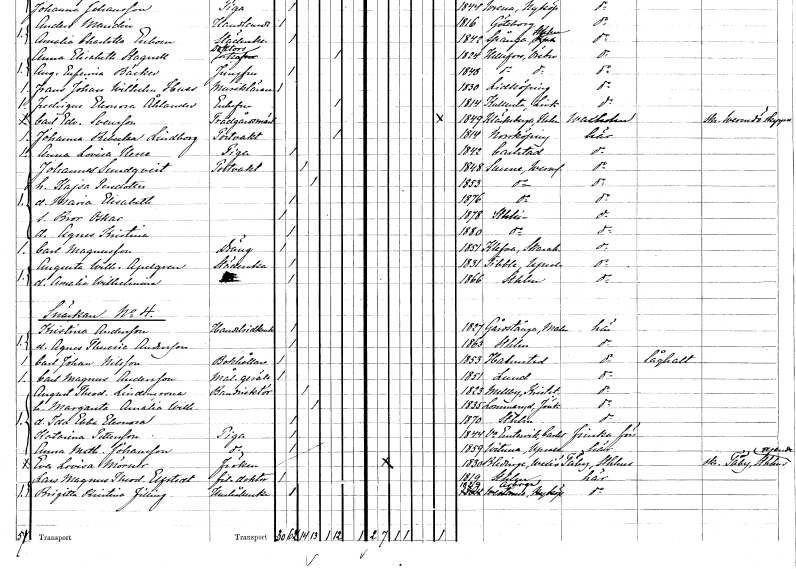
gt_parse: households: individuals: FN: Johannes
EN: Sundqvist
YRKE: Portvakt
KON: M
CIV: G
FODAR: 1848
FODFORS: Sunne Värmlands län
FN: Kajsa
EN: Persdotter
KON: K
CIV: G
FODAR: 1853
FODFORS: Sunne Värmlands län
FN: Maria Elisabeth
KON: K
CIV: O
FODAR: 1876
FODFORS: Sunne Värmlands län
FN: Bror Oskar
KON: M
CIV: O
FODAR: 1878
FODFORS: Stockholm
FN: Agnes Kristina
KON: K
CIV: O
FODAR: 1880
FODFORS: Stockholm
FN: Carl
EN: Magnusson
YRKE: Dräng
KON: M
CIV: O
FODAR: 1851
FODFORS: Kleva Skaraborgs län
FN: Augusta Wilhelmina
EN: Apelgren
YRKE: Städerska
KON: K
CIV: O
FODAR: 1831
FODFORS: Tibble Uppsala län
FN: Amalia Wilhelmina
KON: K
CIV: O
FODAR: 1866
FODFORS: Stockholm
FN: Kristina
EN: Andersson
YRKE: Handelsidkerska
KON: K
CIV: O
FODAR: 1827
FODFORS: Gårdstånga Malmöhus län
FN: Agnes Theresia
EN: Andersson
KON: K
CIV: O
FODAR: 1863
FODFORS: Stockholm
FN: Carl Johan
EN: Nilsson
YRKE: Bokhållare
KON: M
CIV: O
FODAR: 1853
FODFORS: Halmstad Hallands län
FN: Carl Magnus
EN: Andersson
YRKE: Målaregesäll
KON: M
CIV: O
FODAR: 1851
FODFORS: Lund Malmöhus län
FN: August Theodor
EN: Lindencrona
YRKE: Bandirektör
KON: M
CIV: G
FODAR: 1823
FODFORS: Mellby Kristianstads län
FN: Margareta Amalia Wilhelmina
KON: K
CIV: G
FODAR: 1835
FODFORS: Lommaryd Jönköpings län
FN: Ida Ebba Eleonora
KON: K
CIV: O
FODAR: 1870
FODFORS: Stockholm
FN: Katarina
EN: Pettersson
YRKE: Piga
KON: K
CIV: O
FODAR: 1844
FODFORS: Västra Ämtervik Värmlands län
FN: Anna Mathilda
EN: Johansson
YRKE: Piga
KON: K
CIV: O
FODAR: 1859
FODFORS: Håtuna Stockholms län
FN: Eva Lovisa
EN: Mörner
KON: K
CIV: O
FODAR: 1830
FODFORS: Blädinge Kronobergs län
FN: Lars Magnus Theodor
EN: Elfstedt
YRKE: Fil. doktor
KON: M
CIV: O
FODAR: 1819
FODFORS: Stockholm
FN: Brigitta Kristina
EN: Filling
YRKE: Hushållerska
KON: K
CIV: O
FODAR: 1829
FODFORS: Arboga Västmanlands län